Annual report on the lock hospitals of the Madras Presidency
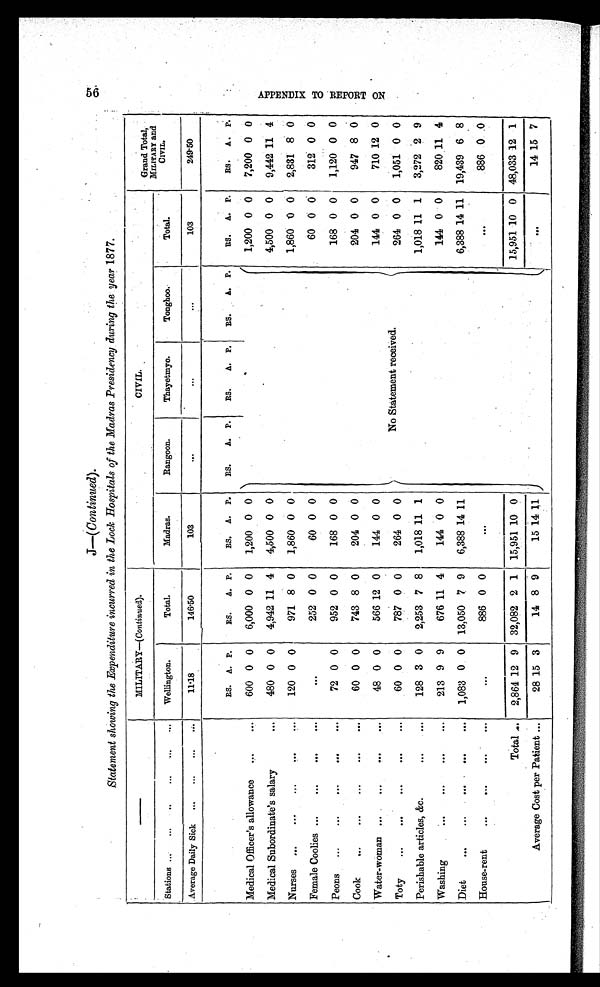
J—(Continued).
Statement showing the Expenditure incurred in the Lock Hospitals of the Madras Presidency during the year 1877.
MILITARY—(Continued).
CIVIL.
Grand Total,
MILITARY and
CIVIL.
Stations
...
. . .
. . .
. . .
Wellington.
Total.
Madras.
Rangoon.
Thayetmyo.
Tonghoo.
Total.
Average Daily Sick ...
...
...
. . .
11·18
1 4 6 · 5 0
103
. . .
...
...
103
249·50
RS. A. P.
RS.
A. P.
RS. A. P.
RS.
A. P.
RS.
A. P.
RS.
A. P.
RS. A. P.
RS. A. P.
Medical Officer's allowance
...
...
600 0 0
6,000 0 0
1,200 0 0
No Statement received.
1,200 0 0
7,200 0 0
Medical Subordinate's salary
...
480 0 0
4,942 11 4
4,500 0 0
4,500 0 0
9,442 11 4
Nurses ...
... ...
. . .
120 0 0
971 8 0
1,860 0 0
1,860 0 0
2,831 8 0
Female Coolies ...
...
. . .
. . .
. . .
252 0 0
60 0 0
60 0 0
312 0 0
Peons
...
...
...
...
...
72 0 0
952 0 0
168 0 0
168 0 0
1,120 0 0
Cook
...
...
...
...
...
60 0 0
743 8 0
204 0 0
204 0 0
947 8 0
Water-woman
. . .
...
48 0 0
566 12 0
144 0 0
144 0 0
710 12 0
Toty
...
...
...
...
...
60 0 0
787 0 0
264 0 0
264 0 0
1,051 0 0
Perishable articles, &amp;c.
...
...
128 3 0
2,253 7 8
1,018 11 1
1,018 11 1
3,272 2 9
Washing
...
...
...
...
213 9 9
676 11 4
144 0 0
144 0 0
820
1 1 4
Diet
...
...
...
...
...
1,083 0 0 13,050 7 9
6,388 14 11
6,388 14
1 1 19,439 6 8
House-rent
...
...
...
...
886 0 0
886 0 0
Total ...
2,864 12 9 32,082 2 1 15,951 10 0
15,951 10 0 48,033 12 1
Average Cost per Patient ...
28 15 3
14 8 9
15 14 11
14 15 7
A P P E N D I X T O R E P O R T O N